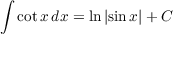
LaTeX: \int \cot { x } \, d x = \ln { \left| \sin { x } \right| } + C